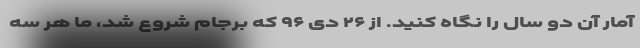
آمار آن دو سال را نگاه کنید. از ۲۶ دی ۹۶ که برجام شروع شد، ما هر سه